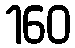
160